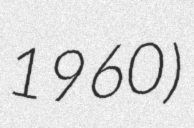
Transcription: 1960)